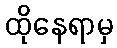
ထိုနေရာမှ